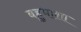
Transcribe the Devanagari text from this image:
बहुभाशा